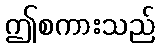
ဤစကားသည်